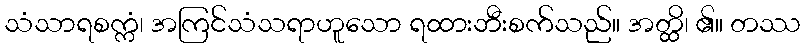
သံသာရစက္ကံ၊ အကြင်သံသရာဟူသော ရထားဘီးစက်သည်။ အတ္ထိ၊ ၏။ တဿ